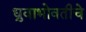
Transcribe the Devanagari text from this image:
ध्रुवाभोवतीचे